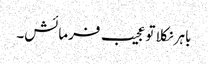
باہر نکلا تو عجیب فرمائش۔